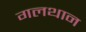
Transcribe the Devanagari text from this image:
गलथान